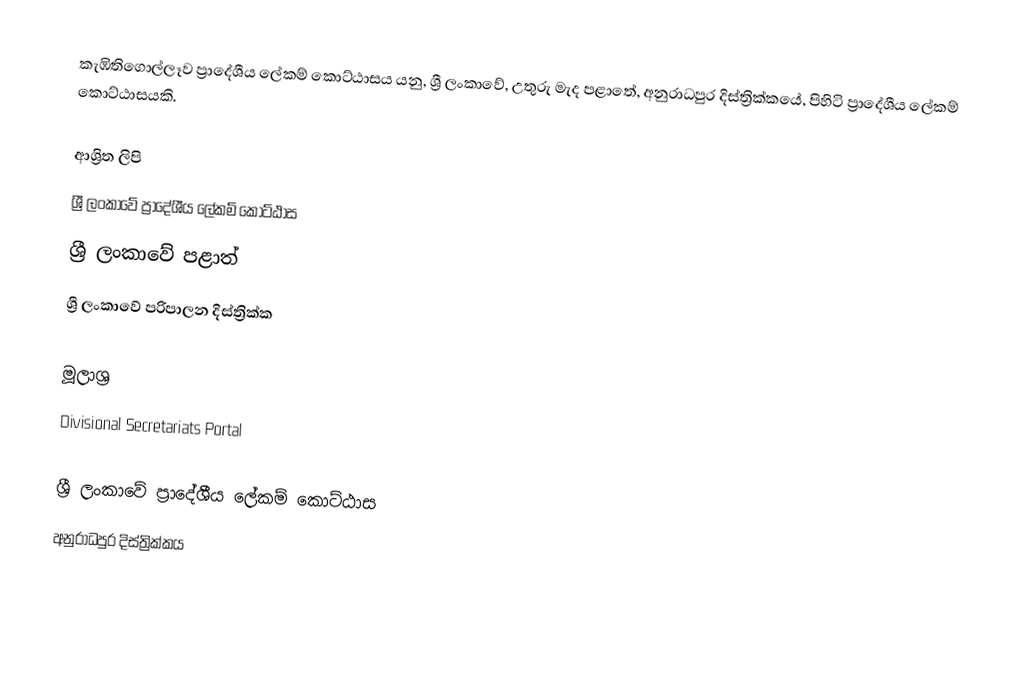
කැඹිතිගොල්ලෑව ප්‍රාදේශීය ලේකම් කොට්ඨාසය යනු,  ශ්‍රී ලංකාවේ,  උතුරු මැද පළාතේ,   අනුරාධපුර දිස්ත්‍රික්කයේ, පිහිටි ප්‍රාදේශීය ලේකම් කොට්ඨාසයකි.

ආශ්‍රිත ලිපි
ශ්‍රී ලංකාවේ ප්‍රාදේශීය ලේකම් කොට්ඨාස
ශ්‍රී ලංකාවේ පළාත්
ශ්‍රී ලංකාවේ පරිපාලන දිස්ත්‍රික්ක

මූලාශ්‍ර
 Divisional Secretariats Portal

ශ්‍රී ලංකාවේ ප්‍රාදේශීය ලේකම් කොට්ඨාස
අනුරාධපුර දිස්ත්‍රික්කය